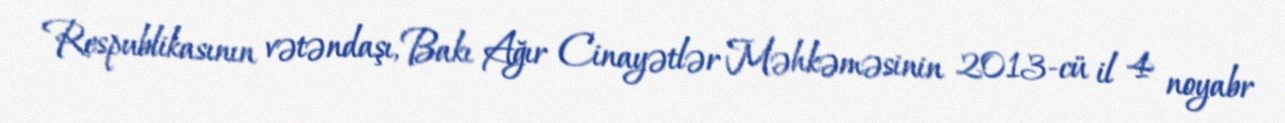
Respublikasının vətəndaşı, Bakı Ağır Cinayətlər Məhkəməsinin 2013-cü il 4 noyabr